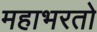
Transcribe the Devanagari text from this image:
महाभरतो